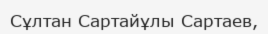
Сұлтан Сартайұлы Сартаев,